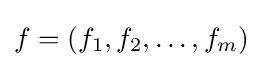
f=(f_{1},f_{2},\dots ,f_{m})